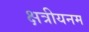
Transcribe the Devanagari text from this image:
क्षत्रीयनम